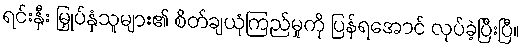
ရင်းနှီး မြှုပ်နှံသူများ၏ စိတ်ချယုံကြည်မှုကို ပြန်ရအောင် လုပ်ခဲ့ပြီးပြီ။